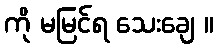
ကို မမြင်ရ သေးချေ ။